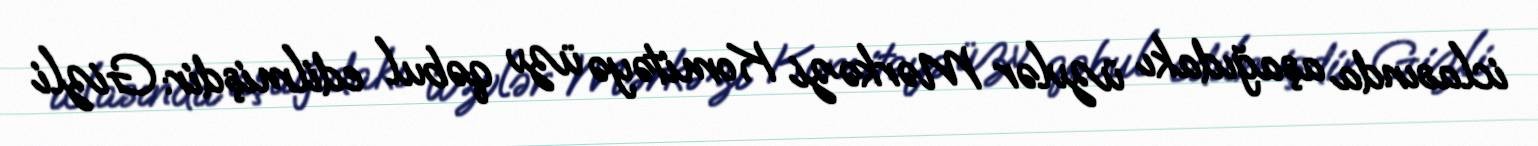
iclasında aşağıdakı üzvlər Mərkəzi Komitəyə üzv qəbul edilmişdir: Gizli